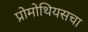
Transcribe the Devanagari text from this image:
प्रोमोथियसचा